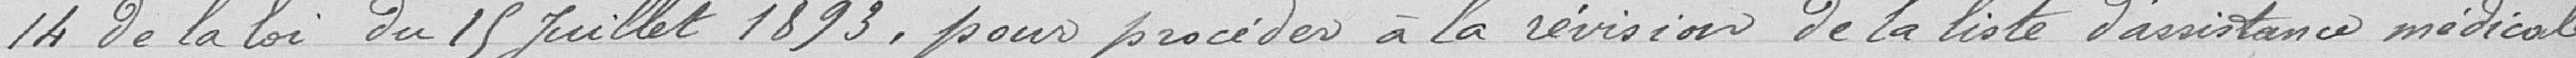
14 de la loi du 15 Juillet 1893, pour procéder à la révision de la liste d'assistance médicale